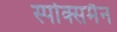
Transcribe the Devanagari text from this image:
स्पोक्समैन